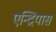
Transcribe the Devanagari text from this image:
एन्द्रियास